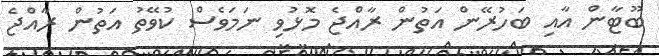
ބޫޓާން އާއި ބަހުރޭން އަތުން ރާއްޖެ މޮޅުވި ނަމަވެސް ކުވޭތު އަތުން ރާއްޖެ